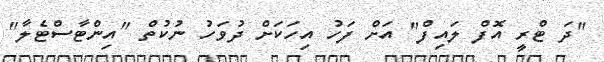
"ދަ ޓްރީ އޮފް ލައިފް" އަށް ފަހު އިހަކަށް ދުވަހު ނުކުތް "އިންޓާސްޓެލާ"